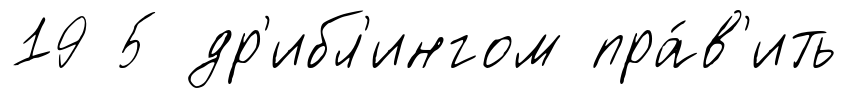
19 5 др'ибл'ингом пра́в'ить